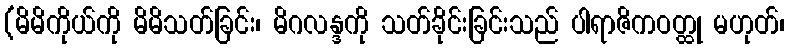
(မိမိကိုယ်ကို မိမိသတ်ခြင်း၊ မိဂလန္ဒကို သတ်ခိုင်းခြင်းသည် ပါရာဇိကဝတ္ထု မဟုတ်၊